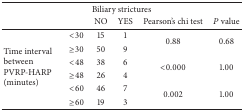
<table><thead><tr><td><b> </b></td><td><b> </b></td><td colspan="2"><b>Biliary strictures</b></td><td><b> </b></td><td><b> </b></td></tr><tr><td><b> </b></td><td><b> </b></td><td><b>NO</b></td><td><b>YES</b></td><td><b>Pearson&#x27;s chi test</b></td><td><b><i>P</i> value</b></td></tr></thead><tbody><tr><td rowspan="6">Time interval between PVRP-HARP (minutes)</td><td>&lt;30</td><td>15</td><td>1</td><td rowspan="2">0.88</td><td rowspan="2">0.68</td></tr><tr><td>≥30 </td><td>50</td><td>9</td></tr><tr><td>&lt;48</td><td>38</td><td>6</td><td rowspan="2">&lt;0.000</td><td rowspan="2">1.00</td></tr><tr><td>≥48 </td><td>26</td><td>4</td></tr><tr><td>&lt;60</td><td>46</td><td>7</td><td rowspan="2">0.002</td><td rowspan="2">1.00</td></tr><tr><td>≥60 </td><td>19</td><td>3</td></tr></tbody></table>